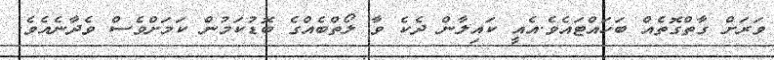
ވަރަށް ގާތްގޮތެއް ބަހައްޓައެވެ.އެއީ ކައިލާން ދެކެ ވާ ލޯތްބެއްގެ ބޮޑުކަމުން ކަމަށްވެސް ވެދާނެއެވެ.